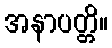
အနာပတ္တိ။